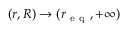
( r , R ) \to ( r _ { \mathrm { ~ e ~ q ~ } } , + \infty )